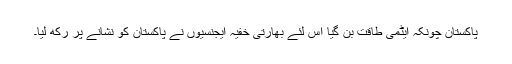
پاکستان چونکہ ایٹمی طاقت بن گیا اس لئے بھارتی خفیہ ایجنسیوں نے پاکستان کو نشانے پر رکھ لیا۔